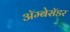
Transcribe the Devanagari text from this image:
अॅम्बेसॅडर